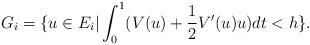
LaTeX: \begin{align*}G_i=\{u\in E_i|\int_0^1(V(u)+\frac{1}{2}V^{\prime}(u)u)dt<h\}.\end{align*}